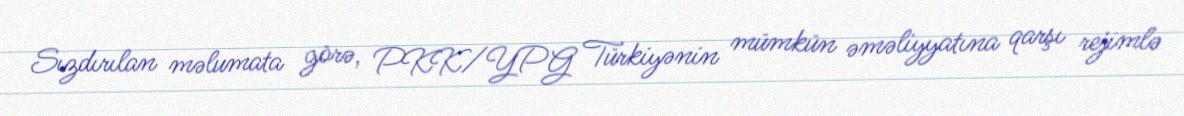
Sızdırılan məlumata görə, PKK/YPG Türkiyənin mümkün əməliyyatına qarşı rejimlə